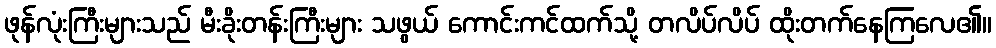
ဖုန်လုံးကြီးများသည် မီးခိုးတန်းကြီးများ သဖွယ် ကောင်းကင်ထက်သို့ တလိပ်လိပ် ထိုးတက်နေကြလေ၏။